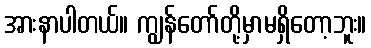
အားနာပါတယ်။ ကျွန်တော်တို့မှာမရှိတော့ဘူး။